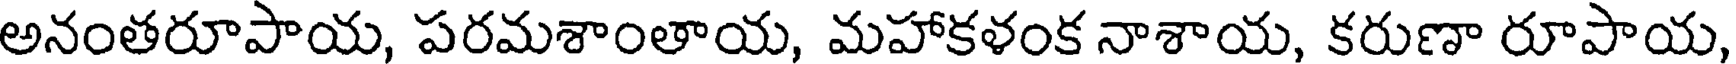
అనంతరూపాయ, పరమశాంతాయ, మహాకళంక నాశాయ, కరుణా రూపాయ,